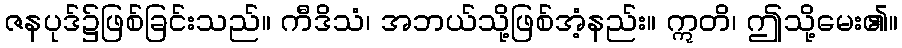
ဇနပုဒ်၌ဖြစ်ခြင်းသည်။ ကီဒိသံ၊ အဘယ်သို့ဖြစ်အံ့နည်း။ ဣတိ၊ ဤသို့မေး၏။